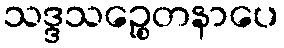
သဒ္ဒသဉ္စေတနာပေ